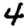
Digit: 4